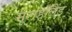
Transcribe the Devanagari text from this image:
मूलहॉलैंड